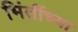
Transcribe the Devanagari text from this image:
भिंतींच्या